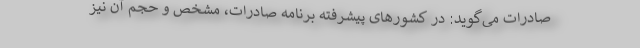
صادرات می‌گوید: در کشور‌های پیشرفته برنامه صادرات، مشخص و حجم آن نیز